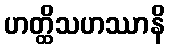
ဟတ္ထိသဟဿာနိ